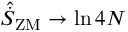
\hat { \dot { S } } _ { \mathrm { Z M } } \rightarrow \ln { 4 N }